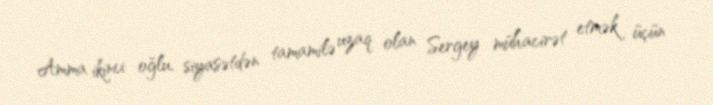
Amma ikinci oğlu, siyasətdən tamamilə uzaq olan Sergey mühacirət etmək üçün